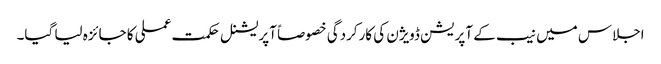
اجلاس میں نیب کے آپریشن ڈویژن کی کارکردگی خصوصاً آپریشنل حکمت عملی کا جائزہ لیا گیا۔